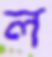
ল